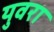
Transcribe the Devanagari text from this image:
युवरा